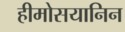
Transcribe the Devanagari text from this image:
हीमोसयानिन